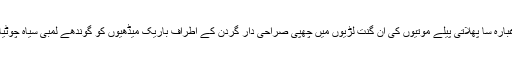
جڑاؤ ٹوپی کی لمبی ٹیل لہراتی گھیردار فراک میں ہوا بھرتی ہوئی غبارہ سا پھلاتی پیلے موتیوں کی اَن گنت لڑیوں میں چھپی صراحی دار گردن کے اطراف باریک میڈھیوں کو گوندھے لمبی سیاہ چوٹیاں بے شمار کیمروں کے فلش ہر ہرقدم پر نچھاور ہوتے چلے گئے۔